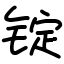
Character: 锭